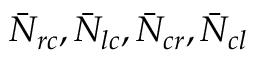
\bar { N } _ { r c } , \bar { N } _ { l c } , \bar { N } _ { c r } , \bar { N } _ { c l }